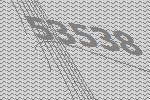
53538